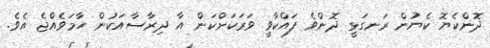
ދޮންކެޔޮ ކެޔުން ރަނގަޅީ ދޮންވެ ފައްކާވީ ވަރަކަށްކަން އާ ދިރާސާއަކުން ހާމަވެއްޖެ އެވެ.